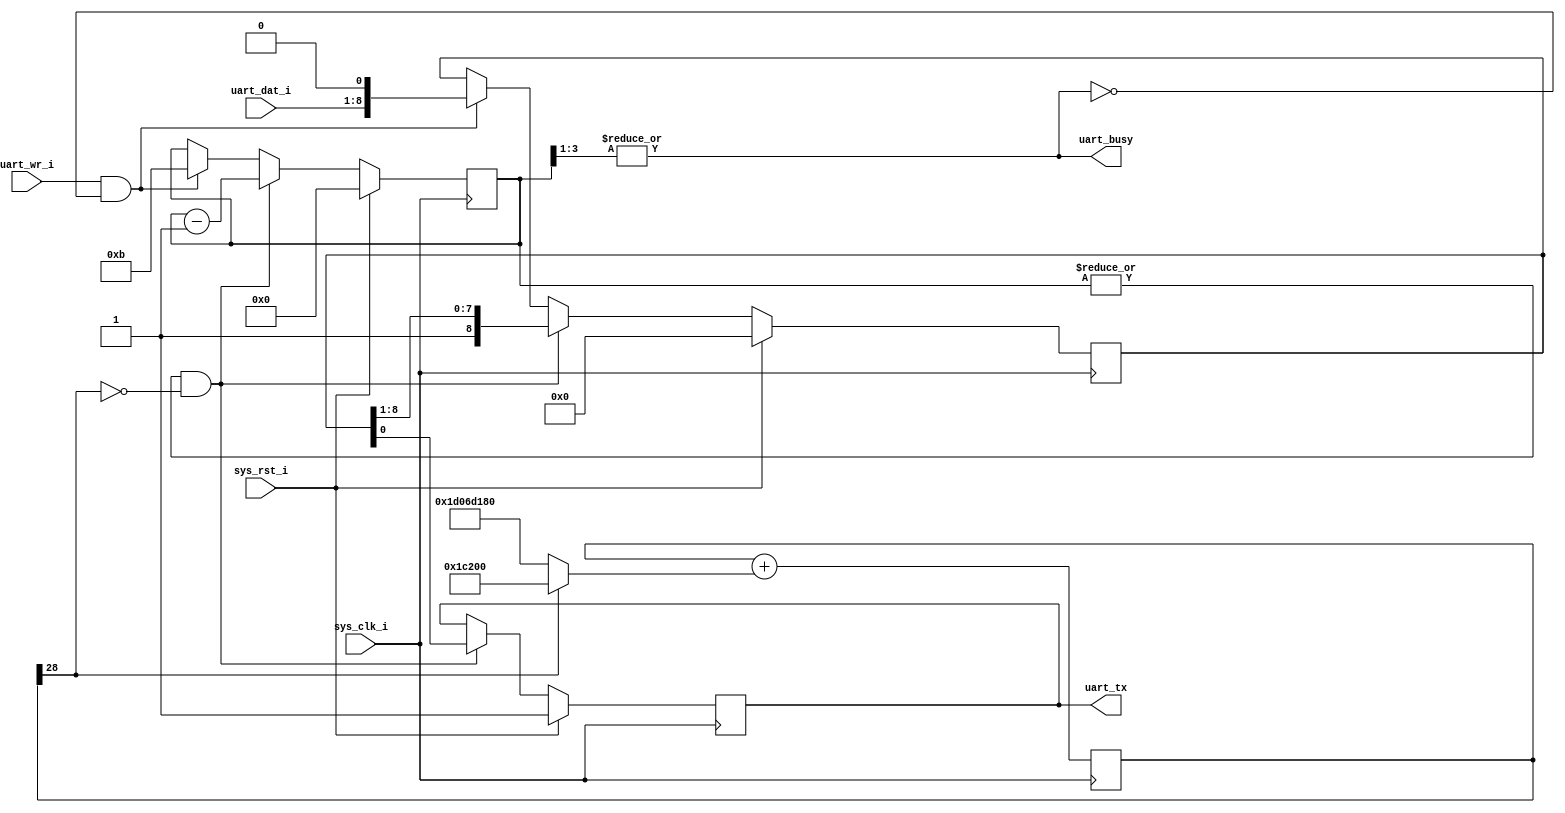
module uart_13(
   output wire uart_busy,   
   output reg uart_tx,     
   input uart_wr_i,   
   input [7:0]uart_dat_i,  
   input sys_clk_i,   
   input sys_rst_i    
);
  reg [3:0] bitcount;
  reg [8:0] shifter;
  assign uart_busy = |bitcount[3:1];
  assign sending = |bitcount;
  reg [28:0] d;
  wire [28:0] dInc = d[28] ? (115200) : (115200 - 50000000);
  wire [28:0] dNxt = d + dInc;
  always @(posedge sys_clk_i)
  begin
    d = dNxt;
  end
  wire ser_clk = ~d[28]; 
  always @(posedge sys_clk_i)
  begin
    if (sys_rst_i) begin
      uart_tx <= 1;
      bitcount <= 0;
      shifter <= 0;
    end else begin
      if (uart_wr_i & ~uart_busy) begin
        shifter <= { uart_dat_i[7:0], 1'h0 };
        bitcount <= (1 + 8 + 2);
      end
      if (sending & ser_clk) begin
        { shifter, uart_tx } <= { 1'h1, shifter };
        bitcount <= bitcount - 1;
      end
    end
  end
endmodule